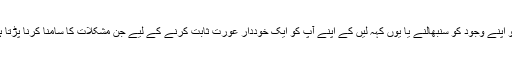
جس میں عورت کو اپنے وجود کو سنبھالنے یا یوں کہہ لیں کے اپنے آپ کو ایک خوددار عورت ثابت کرنے کے لیے جن مشکلات کا سامنا کرنا پڑتا ہے وہ بتایا گیا ہے۔